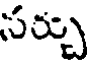
సర్చు